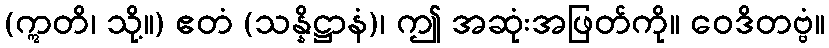
(ဣတိ၊ သို့။) ဧတံ (သန္နိဋ္ဌာနံ)၊ ဤ အဆုံးအဖြတ်ကို။ ဝေဒိတဗ္ဗံ။